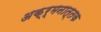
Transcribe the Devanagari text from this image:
अक्र्मनात्तक